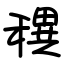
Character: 穓